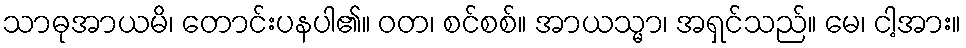
သာဓုအာယမိ၊ တောင်းပနပါ၏။ ဝတ၊ စင်စစ်။ အာယသ္မာ၊ အရှင်သည်။ မေ၊ ငါ့အား။